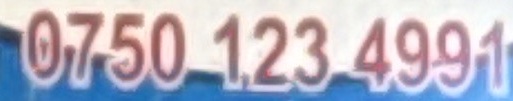
0750 123 4991